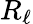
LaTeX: R_{\ell}